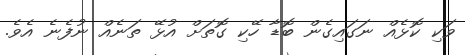
ވަކި ކޮޅެއް ނަގައިގެން ބޮޑާ ހޭކި ގޮތަށް އުޅޭ ތަނެއް ނުފެނެ އެވެ.